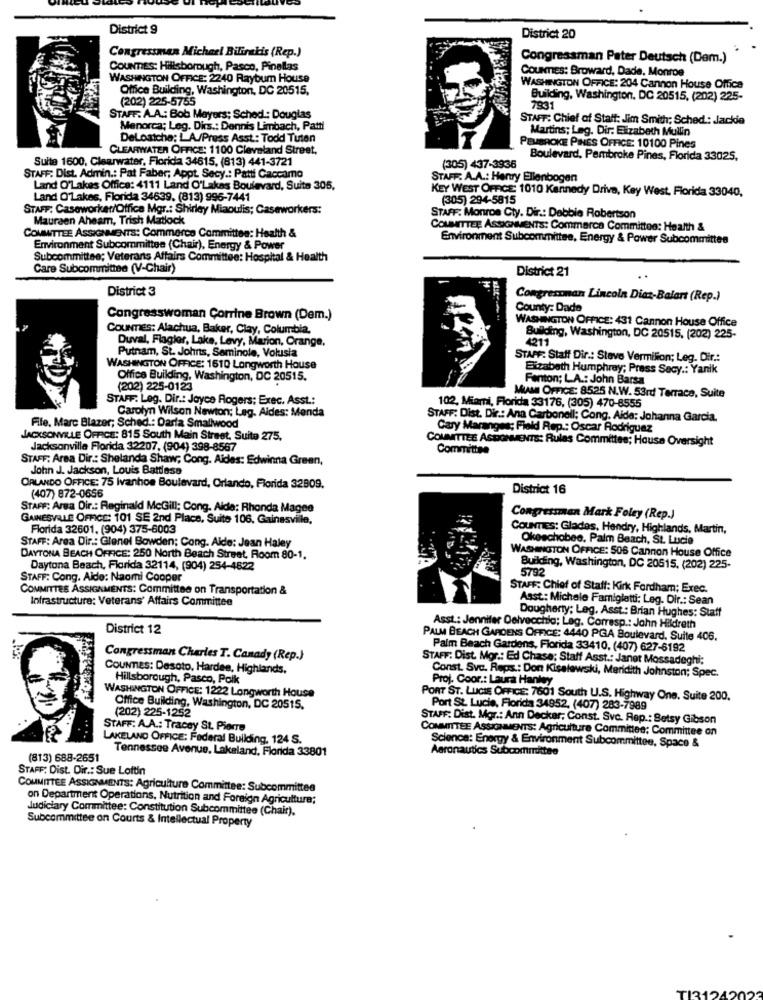
District 9
District 20
Congressman Michael Bilirakis (Rep.)
Congressman Pater Deutsch (Dem.)
COUNTIES: Hillsborough, Pasco, Pinellas
COUNTIES: Broward, Dade, Monroe
WASHINGTON OFFICE: 2240 Raybum House
Office Building, Washington, DC 20515,
WASHINGTON OFFICE: 204 Cannon House Office
(202) 225-5755
Building, Washington, DC 20515, (202) 225-
7931
STAFF: A.A .: Bob Meyers; Sched .: Douglas
STAFF: Chief of Staff: Jim Smith; Sched: Jackie
Menorca; Leg. Dirs .: Dennis Limbach, Patti
Martins; Leg. Dir: Elizabeth Mullin
DeLostche; LA/Press Asst .: Todd Tuten
CLEARWATER OFFICE: 1100 Cleveland Street,
PEMBROKE PINES OFFICE: 10100 Pines
Suite 1600, Clearwater, Florida 34615, (813) 441-3721
Boulevard, Pembroke Pines, Florida 33025.
(305) 437-3936
STAFF: Dist. Admin .: Pat Faber; Appt. Secy .: Patti Caccamo
STAFF: A.A .: Henry Ellenbogen
Land O'Lakes Office: 4111 Land O'Lakas Boulevard, Suite 305,
KEY WEST OFFICE 1010 Kennedy Drive, Key West, Florida 33040,
Land O'Lakes, Florida 34639. (813) 996-7441
(305) 294-5815
STAFF: Caseworker/Office Mgr .: Shirley Miaoulis; Caseworkers:
Maureen Aheam, Trish Matlock
STAFF: Monroe Cty. Dir .: Debbie Robertson
COMMITTEE ASSIGNMENTS: Commerca Committoo: Health &
COMMITTEE ASSIGNMENTS: Commerce Committee: Health &
Environment Subcommittee, Energy & Power Subcommittee
Environment Subcommittee (Chair), Energy & Power
Subcommittee; Veterans Affairs Committee: Hospital & Health
Care Subcommittee (V-Chair)
District 21
District 3
Congresonan Lincoln Dias-Balart (Rep.)
County: Dade
Congresswoman Corrine Brown (Dem.)
WASHINGTON OFFICE: 431 Cannon House Office
COUNTIES: Alachua, Baker, Clay, Columbia,
Duval, Flagler, Lake, Levy, Marion, Orange,
Building, Washington, DC 20515, (202) 225-
4211
Putnam, St. Johns, Seminole, Volusia
STAFF: Staff Dir .: Steve Vermilion; Leg. Dir .:
WASHINGTON OFFICE: 1610 Longworth House
Eizabeth Humphrey; Press Secy .: Yanik
Office Building, Washington, DC 20515.
Fenton; L.A .: John Barsa
(202) 225-0123
STAFF. Leg. Dir .: Joyce Rogers; Exec. Asst .:
Mus OFFICE: 8525 N.W. 53rd Terrace, Suite
102, Miami, Florida 33176, (305) 470-8555
Carolyn Wilson Newton: Leg. Aldes: Menda
STAFF: Dist. Dir .: Ana Carbonell; Cong. Aide: Johanna Garcia.
File, Marc Blazer; Sched .: Darfa Smallwood
Cary Maranges; Field Rep .: Oscar Rodriguez
JACKSONVILLE OFFICE: 815 South Main Street. Suite 275,
COMMITTEE ASTONMENTS: Rulas Committee; House Oversight
Jacksonville Florida 32207, (904) 398-8567
Committee
STAFF: Area Dir .: Shelanda Shaw; Cong. Aides: Edwinna Green,
John J. Jackson, Louis Battlesa
ORLANDO OFFICE: 75 Ivanhoe Boulevard, Orlando, Florida 32909.
District 16
(407) 872-0656
STAFF: Area Dir .: Reginald McGill; Cong. Aide: Rhonda Mages
GAINESVILLE OFFICE: 101 SE 2nd Place, Suite 106, Gainesville,
Congressman Mark Foley (Rep.)
Florida 32601. (904) 375-6003
COUNTIES: Glades, Hendry, Highlands, Martin,
Okeechobee, Palm Beach, St. Lucia
STAFF: Area Dir .: Glenel Bowden; Cong. Alde: Jean Haley
WASHINGTON OFFICE: 506 Cannon House Office
DAYTONA BEACH OFFICE: 250 North Beach Street, Room 80-1.
Daytona Beach, Florida 32114, (904) 254-4822
5792
Building, Washington, DC 20515. (202) 225-
STAFF: Cong. Aldo: Naomi Cooper
COMMITTEE ASSIGNMENTS: Committee on Transportation &
STAFF: Chief of Staff: Kirk Fordham; Exec.
Infrastructure: Veterans' Affairs Committee
Asst: Michele Famiglatti: Leg. Dir .: Sean
Dougherty; Leg. Asst .: Brian Hughes: Staff
District 12
Asst .: Jennifer Delvecchia; Lag. Corresp .: Jahn Hildreth
PALM BEACH GARDENS OFFICE: 4440 PGA Boulevard, Suite 406.
Palm Beach Gardens, Florida 33410, (407) 627-6192
Congressman Charles T. Canady (Rep.)
STAFF: Dist. Mor .: Ed Chase; Staff Asst .: Janet Mossadeghi;
COUNTIES: Desoto, Hardee, Highlands,
Const. Svc. Reps .: Don Kisalewski, Meridith Johnston; Spec.
Hillsborough, Pasco, Polk
Proj. Coor .: Laura Hanley
WASHINGTON OFFICE: 1222 Longworth House
PORT ST. LUCIE OFFICE: 7601 South U.S. Highway One. Suite 200.
Office Building, Washington, DC 20515.
(202) 225-1252
Port St. Lucie, Florida 34952, (407) 283-7989
STAFF: Dist. Mgr .: Ann Decker; Const. Svc. Rep .: Betsy Gibson
STAFF: A.A .: Tracey St. Pierre
COMMITTEE ASSIGNMENTS: Agriculture Committee; Committee on
LAKELAND OFFICE: Federal Building, 124 S.
Science: Energy & Environment Subcommittee, Space &
Tennessee Avenue, Lakeland, Florida 33801
Aeronautics Subcommittee
(813) 688-2651
STAFF: Dist. Dir .: Sue Loftin
COMMITTEE ASSIGNMENTS: Agriculture Committee: Subcommittee
on Department Operations, Nutrition and Foreign Agriculture;
Judiciary Committee: Constitution Subcommittee (Chair).
Subcommittee on Courts & Intellectual Property